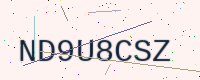
Text: ND9U8CSZ